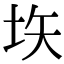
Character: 垁